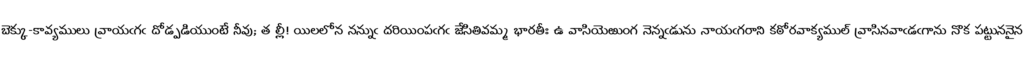
బెక్కు-కావ్యములు వ్రాయఁగఁ దోడ్పడియుంటే నీవు; త ల్లీ! యిలలోన నన్నుఁ దరియింపఁగఁ జేసితివమ్మ భారతీః ఉ వాసియెఱుంగ నెన్నఁడును నాయఁగరాని కఠోరవాక్యముల్ వ్రాసినవాఁడఁగాను నొక పట్టుననైన